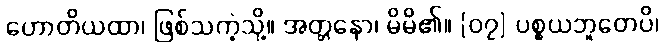
ဟောတိယထာ၊ ဖြစ်သကဲ့သို့။ အတ္တနော၊ မိမိ၏။ [၀၇] ပစ္စယဘူတေပိ၊